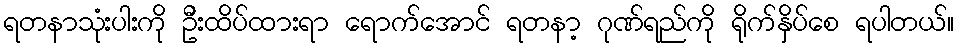
ရတနာသုံးပါးကို ဦးထိပ်ထားရာ ရောက်အောင် ရတနာ့ ဂုဏ်ရည်ကို ရိုက်နှိပ်စေ ရပါတယ်။